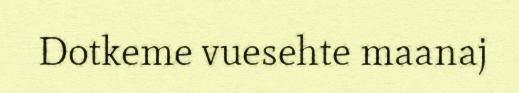
Dotkeme vuesehte maanaj